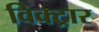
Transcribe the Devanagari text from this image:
विक्ट्रार